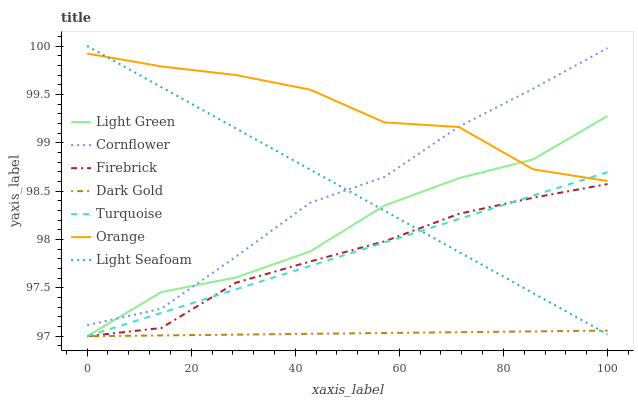
| xaxis_label | Light Green | Cornflower | Firebrick | Dark Gold | Turquoise | Orange | Light Seafoam |
 | --- | --- | --- | --- | --- | --- | --- | --- |
 | 0 | 97 | 97.1 | 97 | 97 | 97 | 99.9 | 100 |
 | 14.3 | 97.5 | 97.3 | 97.1 | 97 | 97.2 | 99.8 | 99.6 |
 | 28.6 | 97.6 | 97.8 | 97.6 | 97 | 97.5 | 99.7 | 99.1 |
 | 42.9 | 97.9 | 98.4 | 97.8 | 97 | 97.7 | 99.5 | 98.7 |
 | 57.1 | 98.4 | 98.6 | 98 | 97 | 98 | 99.2 | 98.3 |
 | 71.4 | 98.6 | 99.2 | 98.3 | 97 | 98.2 | 99.2 | 97.9 |
 | 85.7 | 98.8 | 99.6 | 98.4 | 97.1 | 98.5 | 98.7 | 97.4 |
 | 100 | 99.3 | 100 | 98.6 | 97.1 | 98.7 | 98.6 | 97 |